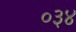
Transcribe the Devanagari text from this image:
०३४